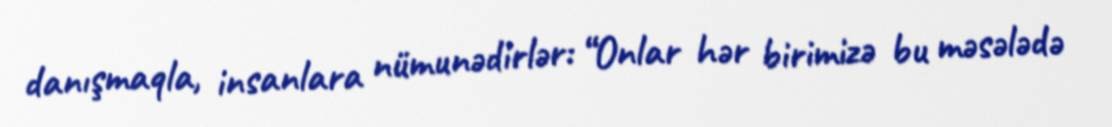
danışmaqla, insanlara nümunədirlər: “Onlar hər birimizə bu məsələdə